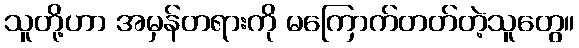
သူတို့ဟာ အမှန်တရားကို မကြောက်တတ်တဲ့သူတွေ။